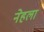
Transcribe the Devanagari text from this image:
नेहला